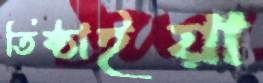
তিষ্ঠাইয়া